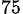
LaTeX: _{75}